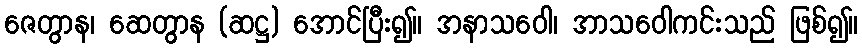
ဇေတွာန၊ ဆေတွာန (ဆဋ္ဌ) အောင်ပြီး၍။ အနာသဝေါ၊ အာသဝေါကင်းသည် ဖြစ်၍။